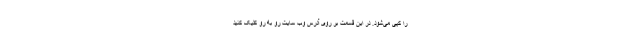
را کپی می‌شود. در این قسمت بر روی آدرس وب سایت رو به ‌رو کلیک کنید